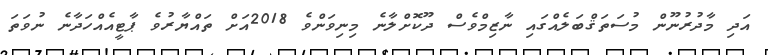
އަދި މާދުރުނޫން މުސަތަޤްބަލެއްގައި ނާޒިމްވެސް ދޫކޮށްލާނެ މިނިވަންވެ 2018އަށް ތައްޔާރުވެ ޕާޓީއެއްހަދާނެ ނުވަތަ